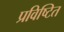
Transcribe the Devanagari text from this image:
प्रविष्टित